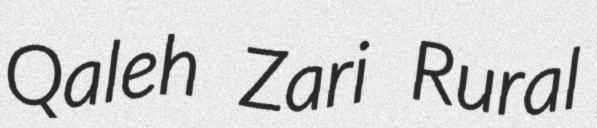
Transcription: Qaleh Zari Rural